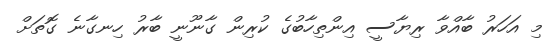
މި އަހަރު ބާއްވާ ރިޔާސީ އިންތިހާބުގެ ކުރިން ގާނޫނީ ބާރު ހިނގާނެ ގޮތަށް